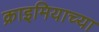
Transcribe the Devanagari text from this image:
क्राइमियाच्या